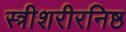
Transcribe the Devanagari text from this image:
स्त्रीशरीरनिष्ठ